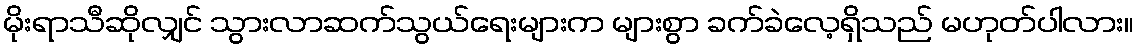
မိုးရာသီဆိုလျှင် သွားလာဆက်သွယ်ရေးများက များစွာ ခက်ခဲလေ့ရှိသည် မဟုတ်ပါလား။